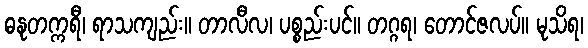
ဓနုတက္ကရီ၊ ရာသကျည်း။ တာလီလ၊ ပစ္စည်းပင်။ တဂ္ဂရ၊ တောင်ဇလပ်။ မုသိရ၊